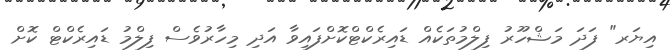
އިޔަރ" ފަދަ މަޝްހޫރު ފިލްމުތަކެއް ޑައިރެކްޓްކޮށްފައިވާ އަދި މިހާރުވެސް ފިލްމު ޑައިރެކްޓް ކޮށް